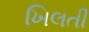
ખિલતી